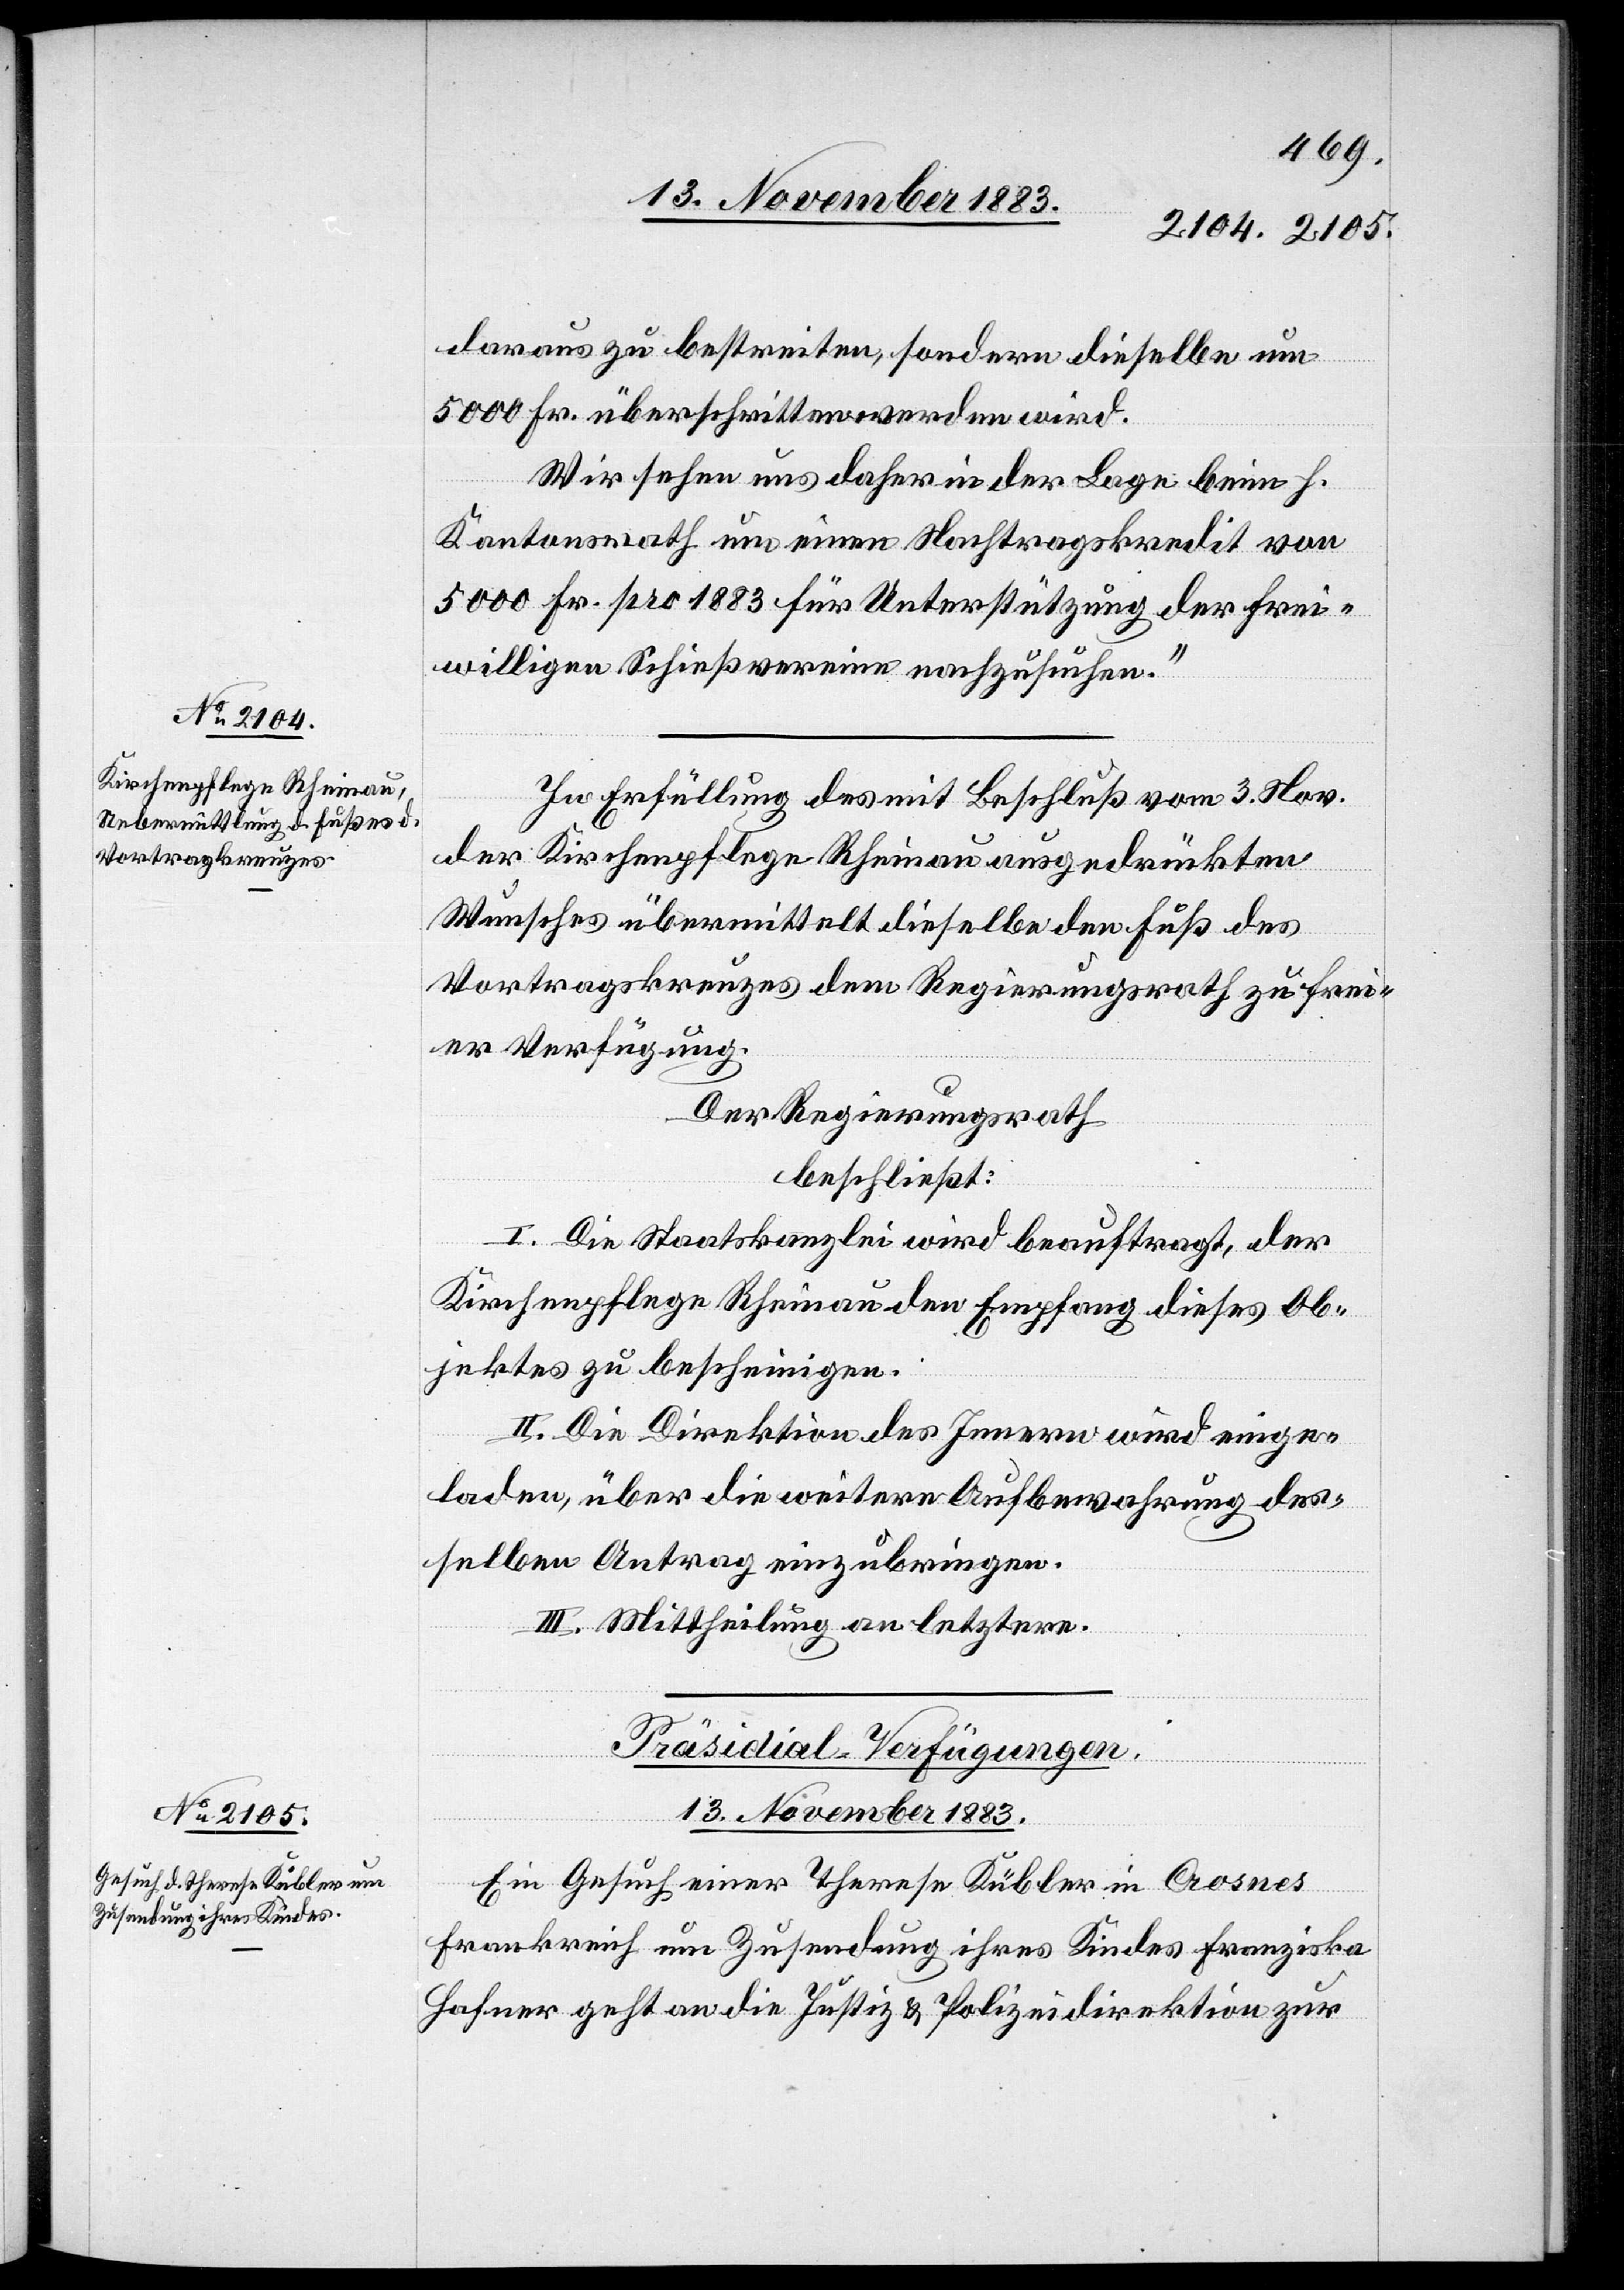
daraus zu bestreiten, sondern dieselbe um
5000 Fr. überschritten werden wird.
Wir sehen uns daher in der Lage beim h.
Kantonsrath um einen Nachtragskredit von
5000 Fr. pro 1883 für Unterstützung der frei¬
willigen Schießvereine nachzusuchen.“
In Erfüllung des mit Beschluß vom 3. Nov.
der Kirchenpflege Rheinau ausgedrückten
Wunsches übermittelt dieselbe den Fuß des
Vortragskreuzes dem Regierungsrath zu frei¬
er Verfügung.
Der Regierungsrath
beschließt:
I. Die Staatskanzlei wird beauftragt, der
Kirchenpflege Rheinau den Empfang dieses Ob¬
jektes zu bescheinigen.
II. Die Direktion des Innern wird einge¬
laden, über die weitere Aufbewahrung des¬
selben Antrag einzubringen.
III. Mittheilung an letztere.
Präsidial-Verfügungen.
13. November 1883.
Ein Gesuch einer Therese Kübler in Crosnes
Frankreich um Zusendung ihres Kindes Franziska
Hafner geht an die Justiz- & Polizeidirektion zur